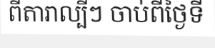
ពីតារាល្បីៗ ចាប់ពីថ្ងៃទី